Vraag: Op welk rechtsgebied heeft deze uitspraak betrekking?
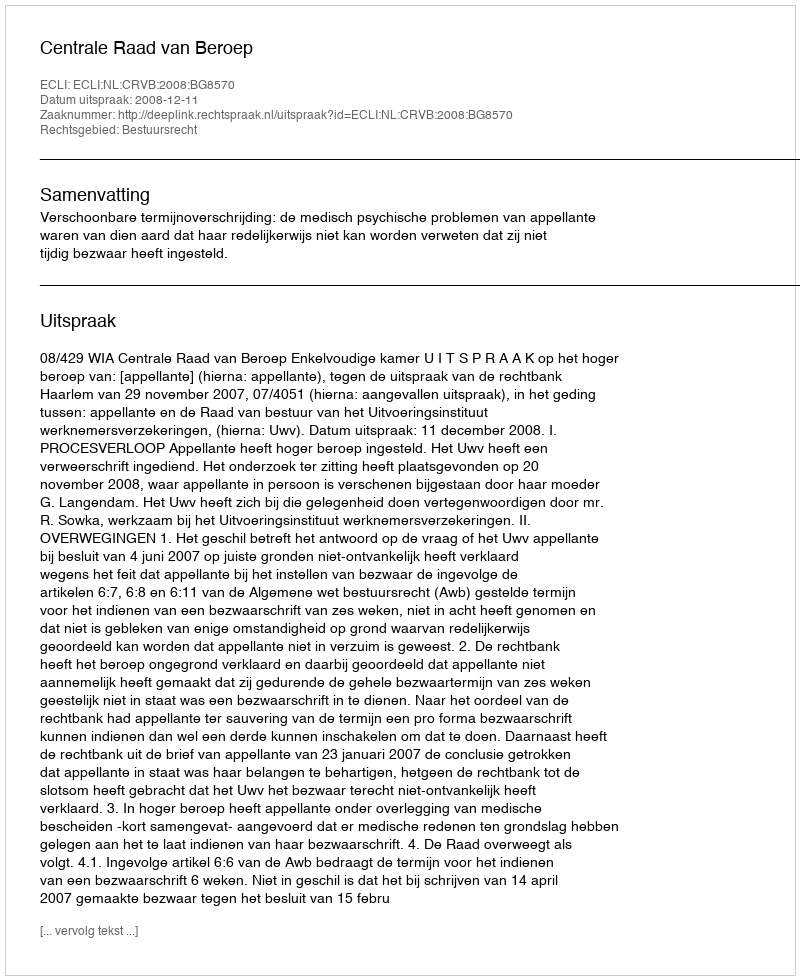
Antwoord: Bestuursrecht